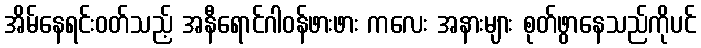
အိမ်နေရင်းဝတ်သည့် အနီရောင်ဂါဝန်ဖားဖား ကလေး အနားများ စုတ်ဖွာနေသည်ကိုပင်